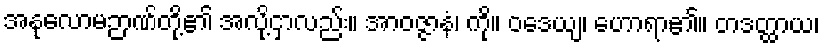
အနုလောမဉာဏ်တို့၏ အလို့ငှာလည်း။ အာဝဇ္ဇာနံ၊ ကို။ ဝဒေယျ၊ ဟောရာ၏။ တဒတ္ထာယ၊